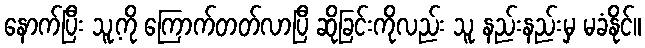
နောက်ပြီး သူ့ကို ကြောက်တတ်လာပြီ ဆိုခြင်းကိုလည်း သူ နည်းနည်းမှ မခံနိုင်။